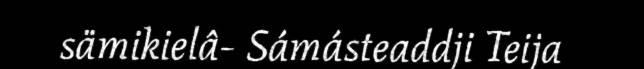
sämikielâ- Sámásteaddji Teija